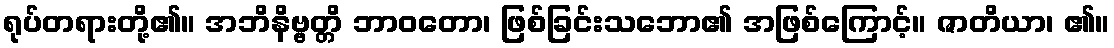
ရုပ်တရားတို့၏။ အဘိနိဗ္ဗတ္တိ ဘာဝတော၊ ဖြစ်ခြင်းသဘော၏ အဖြစ်ကြောင့်။ ဇာတိယာ၊ ၏။